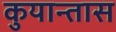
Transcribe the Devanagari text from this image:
कुयान्तास